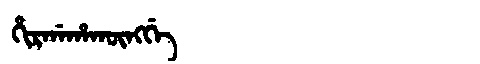
Manchu: ᡥᡳᡵᡤᠠᡥᠠᡴᡡᠩᡤᡝ
Romanization: HIRGAHAKŪNGGE